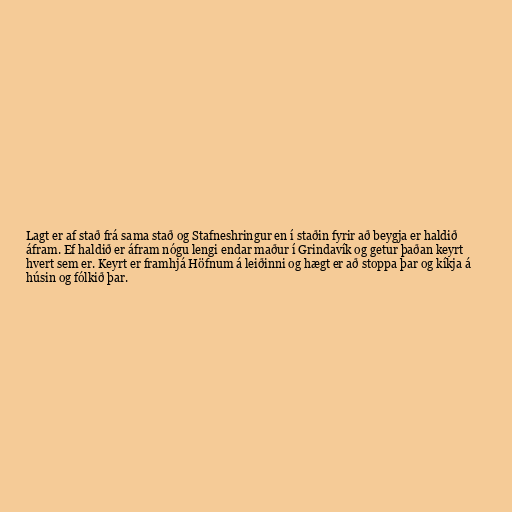
Lagt er af stað frá sama stað og Stafneshringur en í staðin fyrir að beygja er haldið
áfram. Ef haldið er áfram nógu lengi endar maður í Grindavík og getur þaðan keyrt
hvert sem er. Keyrt er framhjá Höfnum á leiðinni og hægt er að stoppa þar og kíkja á
húsin og fólkið þar.